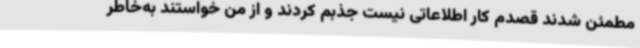
مطمئن شدند قصدم کار اطلاعاتی نیست جذبم کردند و از من خواستند به‌خاطر